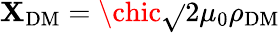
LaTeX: \mathbf{X}_{\mathrm{{DM}}}=\chic\sqrt{}{{2\mu_{0}\rho_{\mathrm{{DM}}}}}